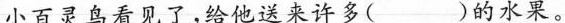
小百灵鸟看见了，给他送来许多( )的水果。